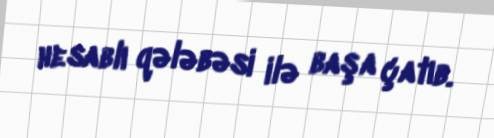
hesablı qələbəsi ilə başa çatıb.